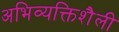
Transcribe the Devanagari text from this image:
अभिव्यक्तिशैली